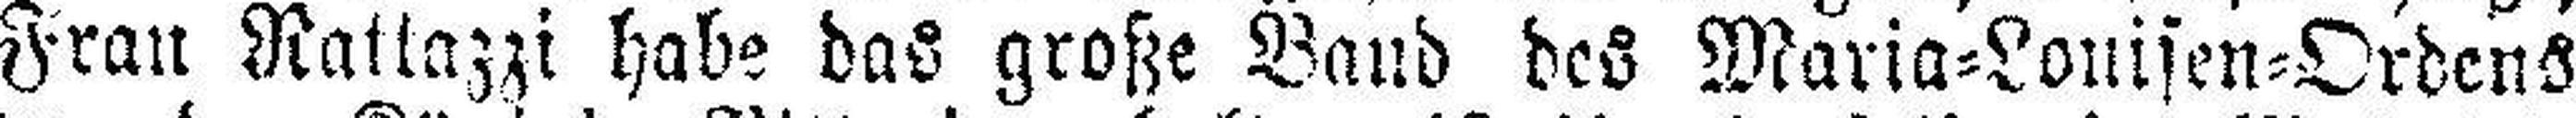
Frau Rattazzi habe das große Band des Maria=Louisen=Ordens